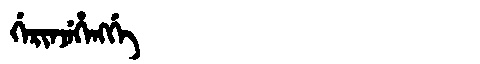
Manchu: ᡤᡝᡵᡳᠨᠵᡝᡥᡝᠩᡤᡝ
Romanization: GERINJEHENGGE